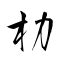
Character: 朸